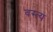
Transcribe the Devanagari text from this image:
वस्त्य